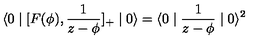
\langle 0 \mid [ F ( \phi ) , \frac { 1 } { z - \phi } ] _ { + } \mid 0 \rangle = \langle 0 \mid \frac { 1 } { z - \phi } \mid 0 \rangle ^ { 2 }